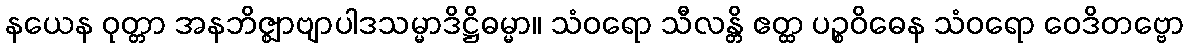
နယေန ဝုတ္တာ အနဘိဇ္ဈာဗျာပါဒသမ္မာဒိဋ္ဌိဓမ္မာ။ သံဝရော သီလန္တိ ဧတ္ထ ပဉ္စဝိဓေန သံဝရော ဝေဒိတဗ္ဗော